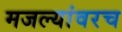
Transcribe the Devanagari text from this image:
मजल्यांवरच